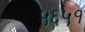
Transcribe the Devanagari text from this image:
५६५१